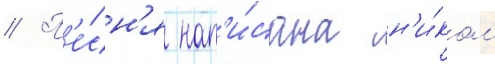
// П'е́сн'я нап'и́сана н'и́ком